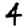
Digit: 4